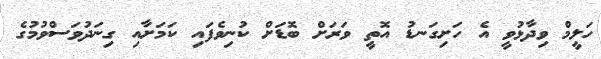
ހަލީމް ވިދާޅުވީ އެ ހަށިގަނޑު އޮތީ ވަރަށް ބޮޑަށް ކުނިވެފައި ކަމަށާއި ގިނަދުވަސްވުމުގެ